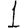
Digit: 1